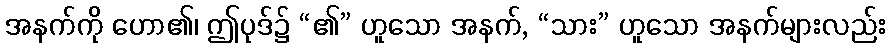
အနက်ကို ဟော၏၊ ဤပုဒ်၌ “၏” ဟူသော အနက်, “သား” ဟူသော အနက်များလည်း